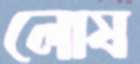
লোষ